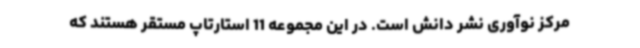
مرکز نوآوری نشر دانش است. در این مجموعه 11 استارتاپ مستقر هستند که